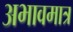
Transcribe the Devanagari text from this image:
अभावमात्र